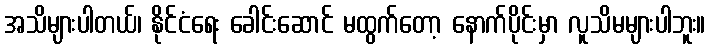
အသိများပါတယ်၊ နိုင်ငံရေး ခေါင်းဆောင် မထွက်တော့ နောက်ပိုင်းမှာ လူသိမများပါဘူး။